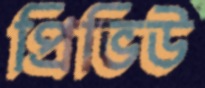
প্রিভিউ